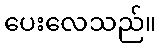
ပေးလေသည်။